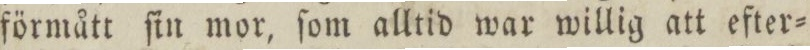
förmått ſin mor, ſom alltid war willig att efter=